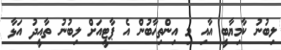
ލިބުނު ކާމިޔާބީ އާއި މި އިންތިހާބުން އެ ޕާޓީއަށް ލިބުނު ތާއީދު އަޅާ